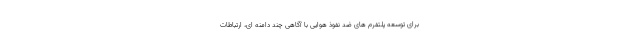
برای توسعه پلتفرم های ضد نفوذ هوایی با آگاهی چند دامنه ای، ارتباطات